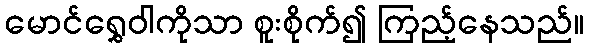
မောင်ရွှေဝါကိုသာ စူးစိုက်၍ ကြည့်နေသည်။